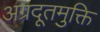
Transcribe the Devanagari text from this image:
अग्रदूतमुक्ति